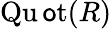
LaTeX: \operatorname{Qu\mathsf{o}t}(R)